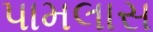
પામલાસ